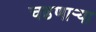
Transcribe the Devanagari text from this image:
चढणार्‍या